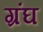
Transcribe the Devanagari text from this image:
ग्रंघ